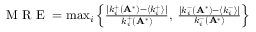
\begin{array} { r } { \mathrm { ~ M ~ R ~ E ~ } = \operatorname* { m a x } _ { i } \left\{ \frac { | k _ { i } ^ { + } ( \mathbf A ^ { * } ) - \langle k _ { i } ^ { + } \rangle | } { k _ { i } ^ { + } ( \mathbf A ^ { * } ) } , \: \frac { | k _ { i } ^ { - } ( \mathbf A ^ { * } ) - \langle k _ { i } ^ { - } \rangle | } { k _ { i } ^ { - } ( \mathbf A ^ { * } ) } \right\} } \end{array}